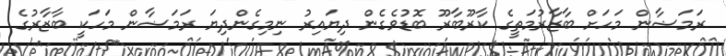
ރަމަޟާން މަހަށް ބާޒާރުމަތީގެ ކާރޫބާރޫ ބޮޑުވެގެން ދިޔައިރު ނިމިގެންދިޔަ ރަމަޟާން މަހަކީ ބާޒާރުގެ